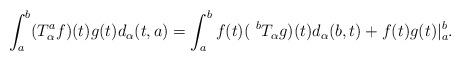
LaTeX: \begin{align*}\int_a^b (T_\alpha^a f)(t) g(t) d_\alpha (t,a)=\int_a^b f(t) (~^{b}T_\alpha g)(t) d_\alpha (b,t)+f(t)g(t)|_a^b.\end{align*}